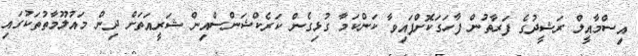
އިސްމާއީލް ރަޝީދުގެ ފަރާތުން ފާހަގަކޮށްފައިވާ ކަންކަމާ ގުޅިގެން ކަރެކްޝަންސްއިން ޝަރީއަތަށް ދިން މައުލޫމާތުތަކުގައި